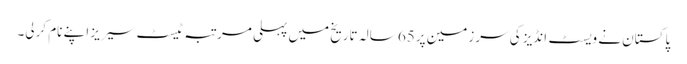
پاکستان نے ویسٹ انڈیز کی سرزمین پر65 سالہ تاریخ میں پہلی مرتبہ ٹیسٹ سیریز اپنے نام کرلی۔